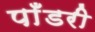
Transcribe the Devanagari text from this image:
पाँडरी